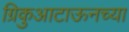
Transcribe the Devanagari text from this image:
ग्रिकुआटाऊनच्या